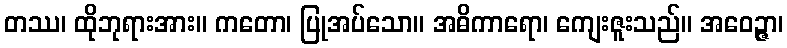
တဿ၊ ထိုဘုရားအား။ ကတော၊ ပြုအပ်သော။ အဓိကာရော၊ ကျေးဇူးသည်။ အဝေဉ္ဇာ၊